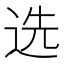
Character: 选